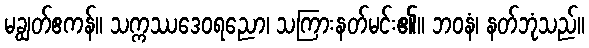
မချွတ်ဧကန်။ သက္ကဿဒေဝရညော၊ သကြားနတ်မင်း၏။ ဘဝနံ၊ နတ်ဘုံသည်။